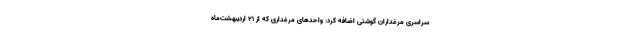
سراسری مرغداران گوشتی اضافه کرد: واحدهای مرغداری که از ۲۱ اردیبهشت‌ماه